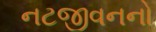
નટજીવનનો